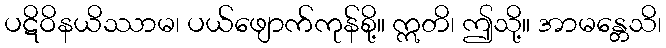
ပဋိဝိနယိဿာမ၊ ပယ်ဖျောက်ကုန်စို့။ ဣတိ၊ ဤသို့။ အာမန္တေသိ၊